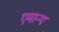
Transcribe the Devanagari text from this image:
एमान्य